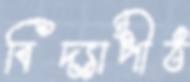
বিদ্যাপীঠ